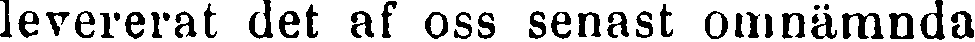
levererat det af oss senast omnämnda